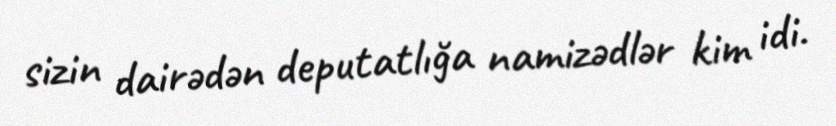
sizin dairədən deputatlığa namizədlər kim idi.